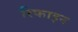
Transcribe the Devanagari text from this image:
रिफाइन